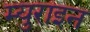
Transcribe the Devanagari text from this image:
म्युराइन